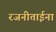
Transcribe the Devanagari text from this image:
रजनीताईना